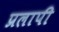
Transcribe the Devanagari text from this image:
प्रलापी